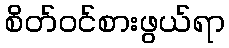
စိတ်ဝင်စားဖွယ်ရာ